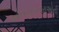
ઓળખાવનારાઓની